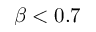
\beta < 0 . 7